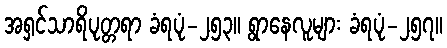
အရှင်သာရိပုတ္တရာ ခံရပုံ-၂၅၃။ ရွာနေလူများ ခံရပုံ-၂၅၇။